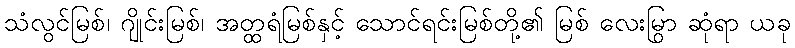
သံလွင်မြစ်၊ ဂျိုင်းမြစ်၊ အတ္ထရံမြစ်နှင့် သောင်ရင်းမြစ်တို့၏ မြစ် လေးမြွာ ဆုံရာ ယခု